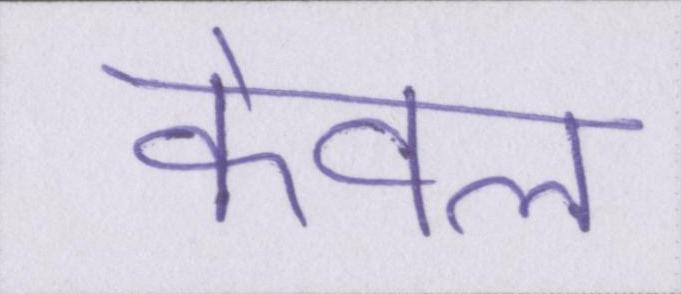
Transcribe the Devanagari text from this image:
केवल